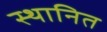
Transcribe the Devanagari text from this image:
स्थानित